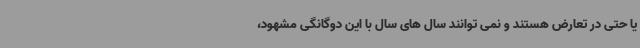
یا حتی در تعارض هستند و نمی توانند سال های سال با این دوگانگی مشهود،